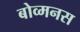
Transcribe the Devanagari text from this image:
बोव्मनस